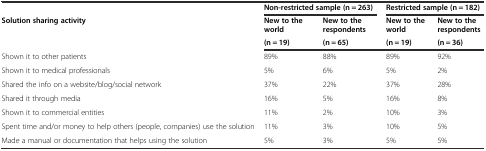
<table><thead><tr><td></td><td colspan="2"><b>Non-restricted sample (n = 263)</b></td><td colspan="2"><b>Restricted sample (n = 182)</b></td></tr><tr><td rowspan="2"><b>Solution sharing activity</b></td><td><b>New to the world</b></td><td><b>New to the respondents</b></td><td><b>New to the world</b></td><td><b>New to the respondents</b></td></tr><tr><td><b>(n = 19)</b></td><td><b>(n = 65)</b></td><td><b>(n = 19)</b></td><td><b>(n = 36)</b></td></tr></thead><tbody><tr><td>Shown it to other patients</td><td>89%</td><td>88%</td><td>89%</td><td>92%</td></tr><tr><td>Shown it to medical professionals</td><td>5%</td><td>6%</td><td>5%</td><td>2%</td></tr><tr><td>Shared the info on a website/blog/social network</td><td>37%</td><td>22%</td><td>37%</td><td>28%</td></tr><tr><td>Shared it through media</td><td>16%</td><td>5%</td><td>16%</td><td>8%</td></tr><tr><td>Shown it to commercial entities</td><td>11%</td><td>2%</td><td>10%</td><td>3%</td></tr><tr><td>Spent time and/or money to help others (people, companies) use the solution</td><td>11%</td><td>3%</td><td>10%</td><td>5%</td></tr><tr><td>Made a manual or documentation that helps using the solution</td><td>5%</td><td>3%</td><td>5%</td><td>5%</td></tr></tbody></table>